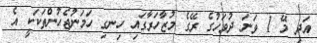
އަދި މޭ 1 ވަނަ ދުވަހުގެ ރޭގެ މުޒާހަރާގައި ހިނގި ހަމަނުޖެހުންތަކަކީ އެ